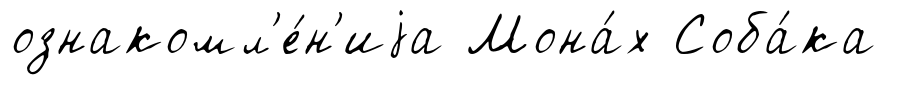
ознакомл'е́н'иjа Мона́х Соба́ка